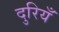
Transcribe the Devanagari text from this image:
दुरियँ